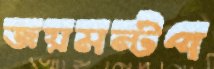
জয়মন্টপ